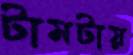
টামটায়